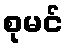
စုမင်